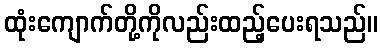
ထုံးကျောက်တို့ကိုလည်းထည့်ပေးရသည်။